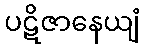
ပဋိဇာနေယျံ